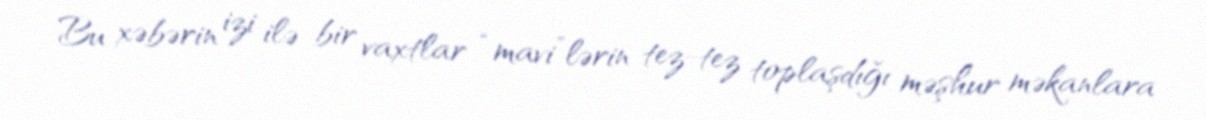
Bu xəbərin izi ilə bir vaxtlar “mavi”lərin tez-tez toplaşdığı məşhur məkanlara